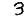
Digit: 3